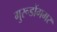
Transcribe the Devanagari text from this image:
गुरूडोंगमर